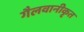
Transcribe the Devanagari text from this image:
गैलवानीकृत